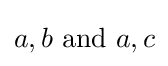
a,b{\text{ and }}a,c